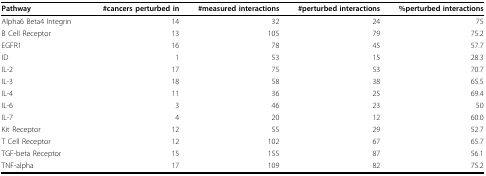
| Pathway | #cancers perturbed in | #measured interactions | #perturbed interactions | %perturbed interactions |
 | --- | --- | --- | --- | --- |
 | Alpha6 Beta4 Integrin | 14 | 32 | 24 | 75 |
 | B Cell Receptor | 13 | 105 | 79 | 75.2 |
 | EGFR1 | 16 | 78 | 45 | 57.7 |
 | ID | 1 | 53 | 15 | 28.3 |
 | IL-2 | 17 | 75 | 53 | 70.7 |
 | IL-3 | 18 | 58 | 38 | 65.5 |
 | IL-4 | 11 | 36 | 25 | 69.4 |
 | IL-6 | 3 | 46 | 23 | 50 |
 | IL-7 | 4 | 20 | 12 | 60.0 |
 | Kit Receptor | 12 | 55 | 29 | 52.7 |
 | T Cell Receptor | 12 | 102 | 67 | 65.7 |
 | TGF-beta Receptor | 15 | 155 | 87 | 56.1 |
 | TNF-alpha | 17 | 109 | 82 | 75.2 |